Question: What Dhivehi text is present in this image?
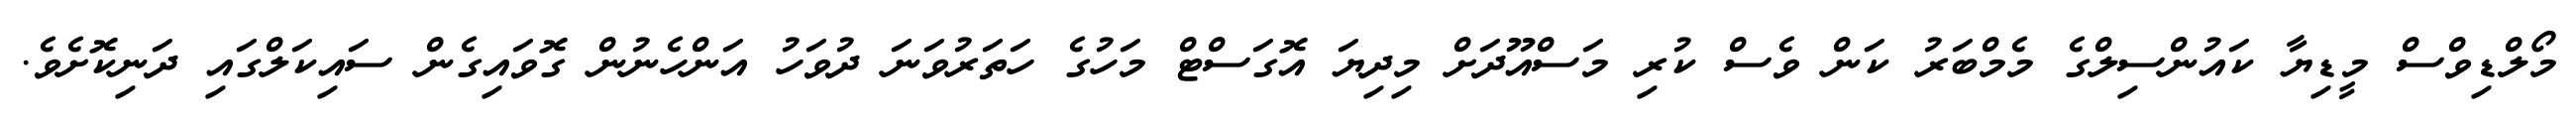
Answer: މޯލްޑިވްސް މީޑިޔާ ކައުންސިލްގެ މެމްބަރު ކަން ވެސް ކުރި މަސްއޫދަށް މިދިޔަ އޮގަސްޓް މަހުގެ ހަތަރުވަނަ ދުވަހު އަންހެނުން ގޮވައިގެން ސައިކަލްގައި ދަނިކޮށެވެ.